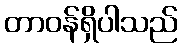
တာဝန်ရှိပါသည်